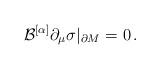
LaTeX: \begin{align*}{\cal B}^{[\alpha]} \partial_\mu \sigma |_{\partial M}=0 \,.\end{align*}